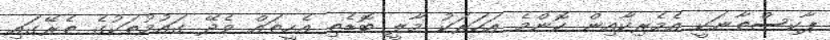
ޕާކިސްތާނަކީ އެމެރިކާއިން ކޮންމެ އަހަރަކު މާލީ ބޮޑެތި އެހީތައް ވެދޭ ގައުމުތަކުގެ ތެރޭގައި